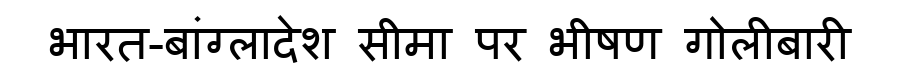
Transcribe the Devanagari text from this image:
भारत-बांग्लादेश सीमा पर भीषण गोलीबारी